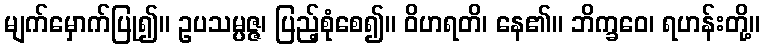
မျက်မှောက်ပြု၍။ ဥပသမ္ပဇ္ဇ၊ ပြည့်စုံစေ၍။ ဝိဟရတိ၊ နေ၏။ ဘိက္ခဝေ၊ ရဟန်းတို့။